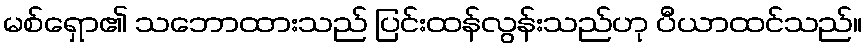
မစ်ရှော၏ သဘောထားသည် ပြင်းထန်လွန်းသည်ဟု ပီယာထင်သည်။